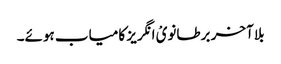
بلا آخر برطانویْ انگریز کامیاب ہوئے۔